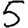
Digit: 5